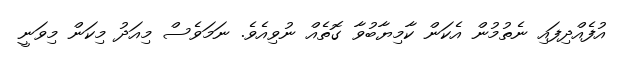
އުފެއްދިފައި ނެތުމުން އެކަން ކާމިޔާބުވާ ގޮތެއް ނުވިއެވެ. ނަމަވެސް މިއަދު މިކަން މިވަނީ